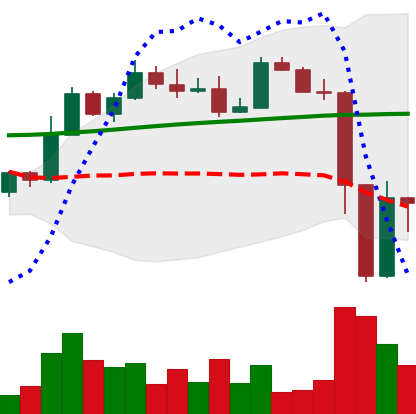
Ticker: ETH-USD
Chart end date: 2022-11-11
Forward return: -5.564%
Label: down_5_7